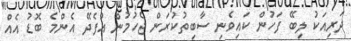
ދަރިއަކު ލިބޭ ފަހުން ކައިވެނި ސާބިތުކުރަން ޖެހުމުން އުފެދޭ އެންމެ ބޮޑު އެއް